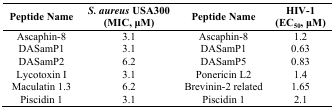
<table><thead><tr><td><b>Peptide Name</b></td><td><b><i>S. aureus</i> USA300 (MIC, μM)</b></td><td><b>Peptide Name</b></td><td><b>HIV-1 (EC<sub>50</sub>, μM)</b></td></tr></thead><tbody><tr><td>Ascaphin-8</td><td>3.1</td><td>Ascaphin-8</td><td>1.2</td></tr><tr><td>DASamP1</td><td>3.1</td><td>DASamP1</td><td>0.63</td></tr><tr><td>DASamP2</td><td>6.2</td><td>DASamP5</td><td>0.83</td></tr><tr><td>Lycotoxin I</td><td>3.1</td><td>Ponericin L2</td><td>1.4</td></tr><tr><td>Maculatin 1.3</td><td>6.2</td><td>Brevinin-2 related</td><td>1.65</td></tr><tr><td>Piscidin 1</td><td>3.1</td><td>Piscidin 1</td><td>2.1</td></tr></tbody></table>